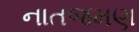
નાતજમણ